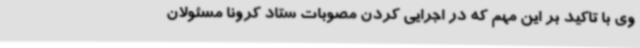
وی با تاکید بر این مهم که در اجرایی کردن مصوبات ستاد کرونا مسئولان